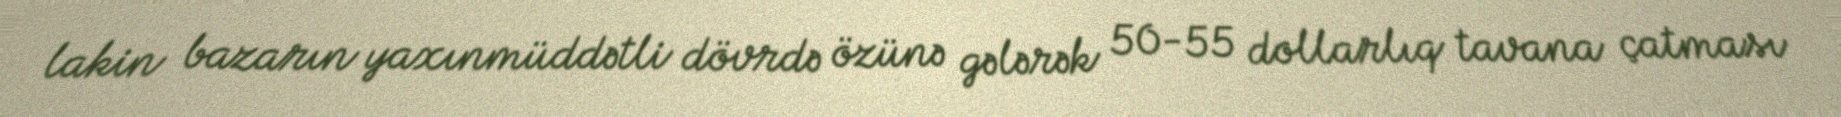
lakin bazarın yaxınmüddətli dövrdə özünə gələrək 50-55 dollarlıq tavana çatması